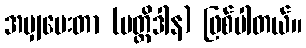
အမျှပေးတာ (ပတ္တိဒါန) ဖြစ်ပါတယ်။